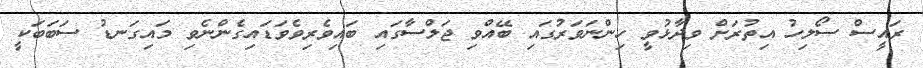
ރައީސް ސޯލިހު އިތުރަށް ވިދާޅުވީ ހިންނަވަރުގައި ބޭއްވި ޖަލްސާގައި ބައިވެރިވެވަޑައިގެންނެވި މައިގަނޑު ސަބަަބަކީ